Annual report of the Central Committee of the Association together with the report of the directors of the Pasteur Institute at Kasauli
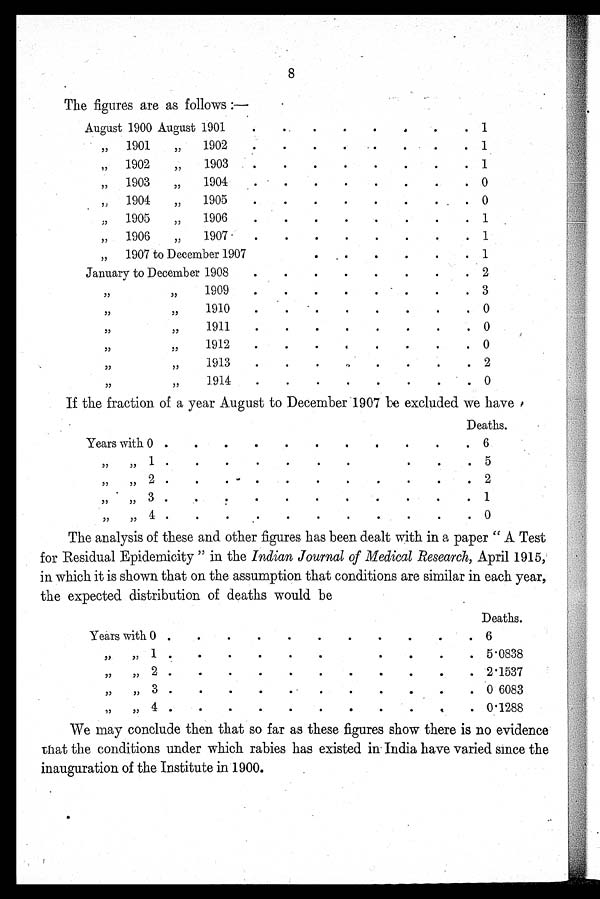
8
The figures are as follows :—
August 1900 August 1901
. .
.
.
.
.
.
.
1
„
1901
„
1902
.
.
. .
.
.
.
. 1
„
1902 „
1903
.
.
.
.
.
.
.
. 1
„
1903
„
1904
.
.
.
.
.
.
.
. 0
„
1904
„
1905
.
.
.
.
.
.
.
. 0
„
1905
„
1906 .
.
.
.
.
.
.
.
1
„
1906
„
1907
.
.
. .
.
.
. .
. 1
„ 1 9 0 7
to December 1907 .
.
.
.
.
.
.
. 1
January to December 1908
.
.
.
.
.
.
.
. 2
„
„
1909
.
.
.
.
.
.
.
. 3
„
„
1910
.
.
.
.
.
.
.
. 0
„
„
1911
.
.
.
.
.
.
.
. 0
„
„
1912
. .
.
.
.
.
.
.
0
„ „
1913
.
.
.
.
.
.
.
. 2
„
„
1914
.
.
.
.
.
.
.
. 0
If the fraction of a year August to December 1907 be excluded we have Deaths.
Years with 0 .
.
.
. .
. .
.
.
. .
6
„ „
1
.
. .
.
.
.
. .
.
.
. 5
„ „
2
. .
.
.
.
.
.
.
.
.
. 2
„ „
3
. .
.
.
.
.
. .
.
.
.
1
„ „
4 .
.
.
.
.
.
.
.
.
.
. 0
The analysis of these and other figures has been dealt with in a paper "A Test
for Residual Epidemicity" in the Indian Journal of Medical Research, April 1915,
in which it is shown that on the assumption that conditions are similar in each year,
the expected distribution of deaths would be Deaths.
Years with 0 .
.
.
.
.
.
. .
. .
. 6
„ „
1 .
.
.
.
. . .
.
.
.
. 5·0838
„ „
2 .
.
.
.
.
.
.
.
.
.
. 2·1537
„ „
3 .
.
.
.
.
. .
.
.
.
. 0 6083
„ „
4 .
.
.
.
. .
.
.
.
.
. 0·1288
We may conclude then that so far as these figures show there is no evidence
that the conditions under which rabies has existed in India have varied since the
inauguration of the Institute in 1900.